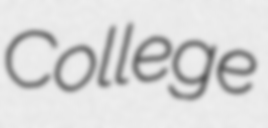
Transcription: College